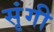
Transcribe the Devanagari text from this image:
सृंगी